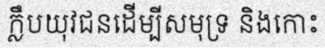
ក្លឹបយុវជនដើម្បីសមុទ្រ និងកោះ